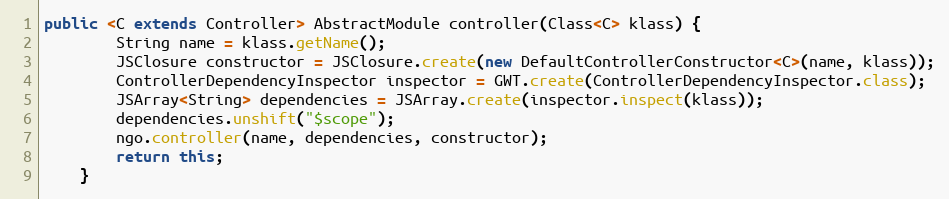
Language: Java
public <C extends Controller> AbstractModule controller(Class<C> klass) {
        String name = klass.getName();
        JSClosure constructor = JSClosure.create(new DefaultControllerConstructor<C>(name, klass));
        ControllerDependencyInspector inspector = GWT.create(ControllerDependencyInspector.class);
        JSArray<String> dependencies = JSArray.create(inspector.inspect(klass));
        dependencies.unshift("$scope");
        ngo.controller(name, dependencies, constructor);
        return this;
    }